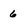
Character: 6